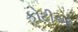
કોટીઓ